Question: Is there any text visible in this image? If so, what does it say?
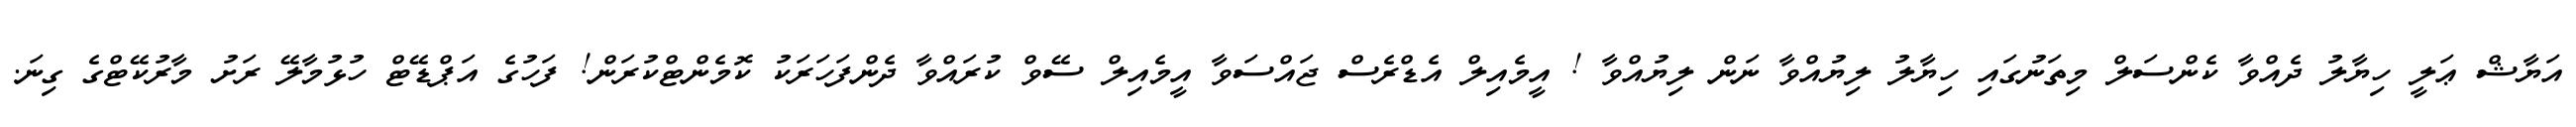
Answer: އަޔާޝް ޢަލީ ހިޔާލު ދެއްވާ ކެންސަލް މިތަނުގައި ހިޔާލު ލިޔުއްވާ ނަން ލިޔުއްވާ ! އީމެއިލް އެޑްރެސް ޖައްސަވާ އީމެއިލް ސޭވް ކުރައްވާ ދެންފަހަރަކު ކޮމެންޓްކުރަން! ފަހުގެ އަޕްޑޭޓް ހުޅުމާލޭ ރަށު މާރުކޭޓްގެ ގިނަ.